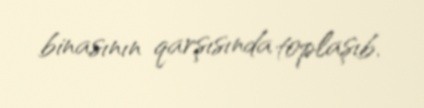
binasının qarşısında toplaşıb.